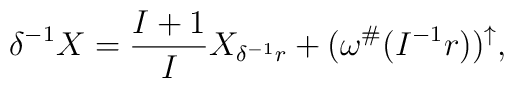
\delta^{-1} X =  \frac{I+1}{I} X_{\delta^{-1} r}  + (\omega^\#( I^{-1} r))^{\uparrow},